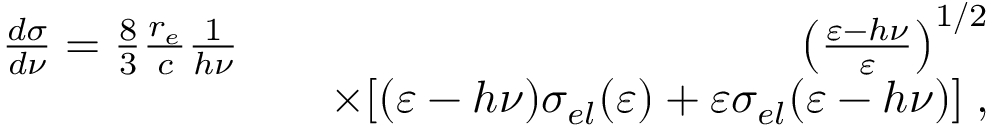
\begin{array} { r l r } { \frac { d \sigma } { d \nu } = \frac { 8 } { 3 } \frac { r _ { e } } { c } \frac { 1 } { h \nu } } & { } & { \left( \frac { \varepsilon - h \nu } { \varepsilon } \right) ^ { 1 / 2 } } \\ & { } & { \times [ ( \varepsilon - h \nu ) \sigma _ { e l } ( \varepsilon ) + \varepsilon \sigma _ { e l } ( \varepsilon - h \nu ) ] \; , } \end{array}